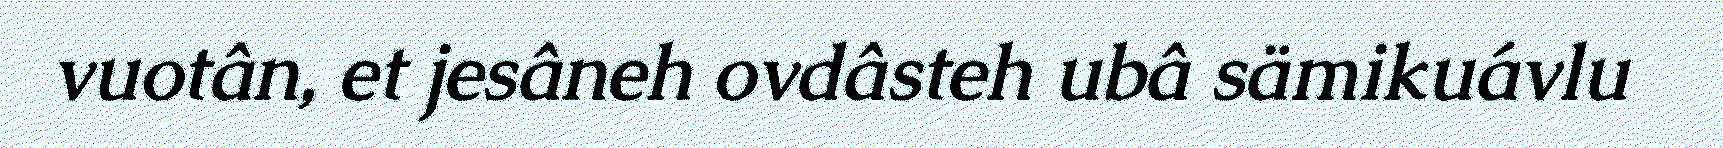
vuotân, et jesâneh ovdâsteh ubâ sämikuávlu